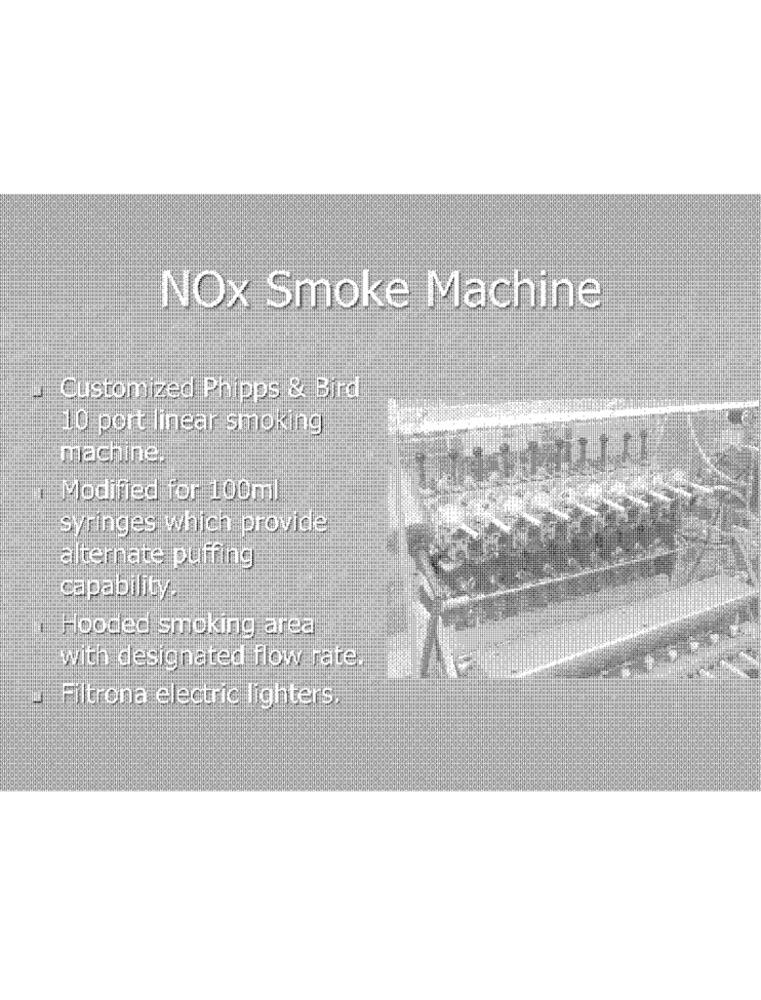
NOx Smoke Machine
# Customized Phipps & Bird
10 port linear smoking
machine.
Modified for 100ml
syringes which provide
alternate puffing
capability.
·Hooded smoking area
with designated flow rate.
Filtrona electric lighters